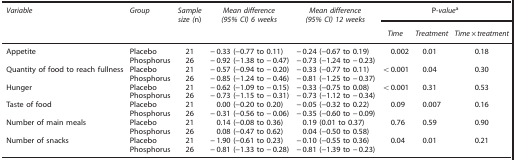
| Variable | Group | Sample size (n) | Mean difference (95% CI) 6 weeks | Mean difference (95% CI) 12 weeks | <COLSPAN=3> P-valuea |
 |  |  |  |  |  | Time | Treatment | Time × treatment |
 | --- | --- | --- | --- | --- | --- | --- | --- |
 | Appetite | Placebo | 21 | −0.33 (−0.77 to 0.11) | −0.24 (−0.67 to 0.19) | 0.002 | 0.01 | 0.18 |
 |  | Phosphorus | 26 | −0.92 (−1.38 to −0.47) | −0.73 (−1.24 to −0.23) |  |  |  |
 | Quantity of food to reach fullness | Placebo | 21 | −0.57 (−0.94 to −0.20) | −0.33 (−0.77 to 0.11) | <0.001 | 0.04 | 0.30 |
 |  | Phosphorus | 26 | −0.85 (−1.24 to −0.46) | −0.81 (−1.25 to −0.37) |  |  |  |
 | Hunger | Placebo | 21 | −0.62 (−1.09 to −0.15) | −0.33 (−0.75 to 0.08) | <0.001 | 0.31 | 0.53 |
 |  | Phosphorus | 26 | −0.73 (−1.15 to −0.31) | −0.73 (−1.12 to −0.34) |  |  |  |
 | Taste of food | Placebo | 21 | 0.00 (−0.20 to 0.20) | −0.05 (−0.32 to 0.22) | 0.09 | 0.007 | 0.16 |
 |  | Phosphorus | 26 | −0.31 (−0.56 to −0.06) | −0.35 (−0.60 to −0.09) |  |  |  |
 | Number of main meals | Placebo | 21 | 0.14 (−0.08 to 0.36) | 0.19 (0.01 to 0.37) | 0.76 | 0.59 | 0.90 |
 |  | Phosphorus | 26 | 0.08 (−0.47 to 0.62) | 0.04 (−0.50 to 0.58) |  |  |  |
 | Number of snacks | Placebo | 21 | −1.90 (−0.61 to 0.23) | −0.10 (−0.55 to 0.36) | 0.04 | 0.01 | 0.21 |
 |  | Phosphorus | 26 | −0.81 (−1.33 to −0.28) | −0.81 (−1.39 to −0.23) |  |  |  |